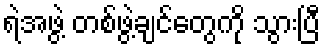
ရဲအဖွဲ့ တစ်ဖွဲ့ချင်တွေကို သွားပြီ